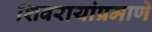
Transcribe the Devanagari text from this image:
शिवरायांप्रमाणे